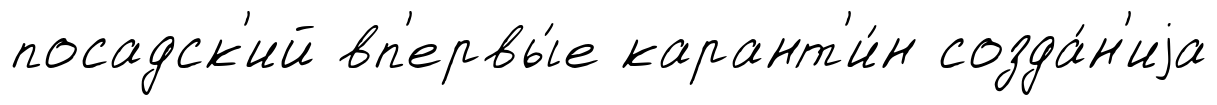
посадск'ий вп'ервы́е карант'и́н созда́н'иjа